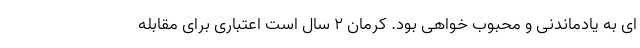
ای به یادماندنی و محبوب خواهی بود. کرمان 2 سال است اعتباری برای مقابله